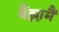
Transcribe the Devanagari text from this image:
बैंझ़ामैं